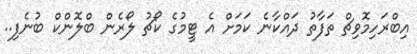
އިބްރަހިމޮވިޗް ތަފާތު ދައްކާނެ ކަމަށް އެ ޓީމުގެ ކޯޗު ލޯރެން ބްލޮންކް ބުނެފި..